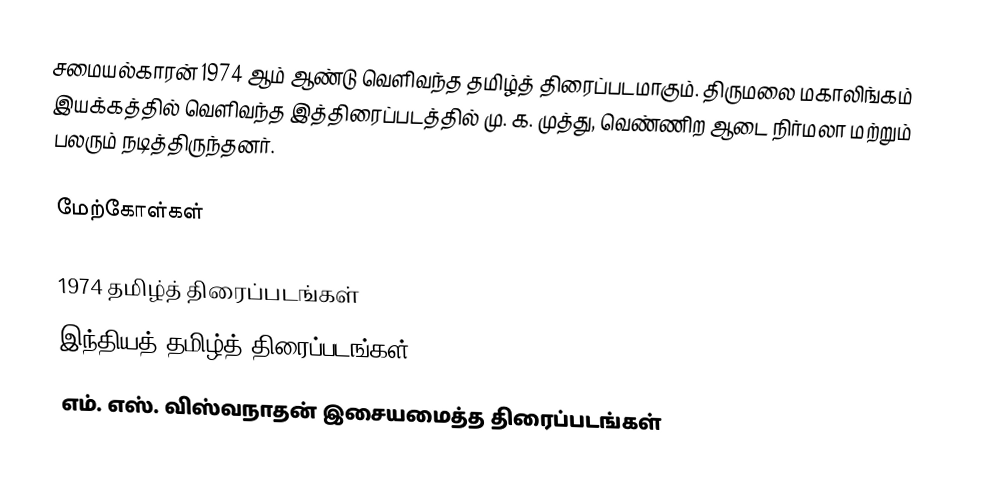
சமையல்காரன் 1974 ஆம் ஆண்டு வெளிவந்த தமிழ்த் திரைப்படமாகும். திருமலை மகாலிங்கம் இயக்கத்தில் வெளிவந்த இத்திரைப்படத்தில் மு. க. முத்து, வெண்ணிற ஆடை நிர்மலா மற்றும் பலரும் நடித்திருந்தனர்.

மேற்கோள்கள்

1974 தமிழ்த் திரைப்படங்கள்
இந்தியத் தமிழ்த் திரைப்படங்கள்
எம். எஸ். விஸ்வநாதன் இசையமைத்த திரைப்படங்கள்